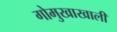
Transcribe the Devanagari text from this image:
गोमुखाखाली